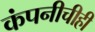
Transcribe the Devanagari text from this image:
कंपनीचीही